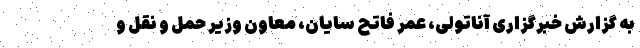
به گزارش خبرگزاری آناتولی، عمر فاتح سایان، معاون وزیر حمل و نقل و